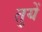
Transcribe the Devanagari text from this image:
तुयें